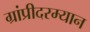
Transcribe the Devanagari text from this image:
ग्रांप्रीदरम्यान